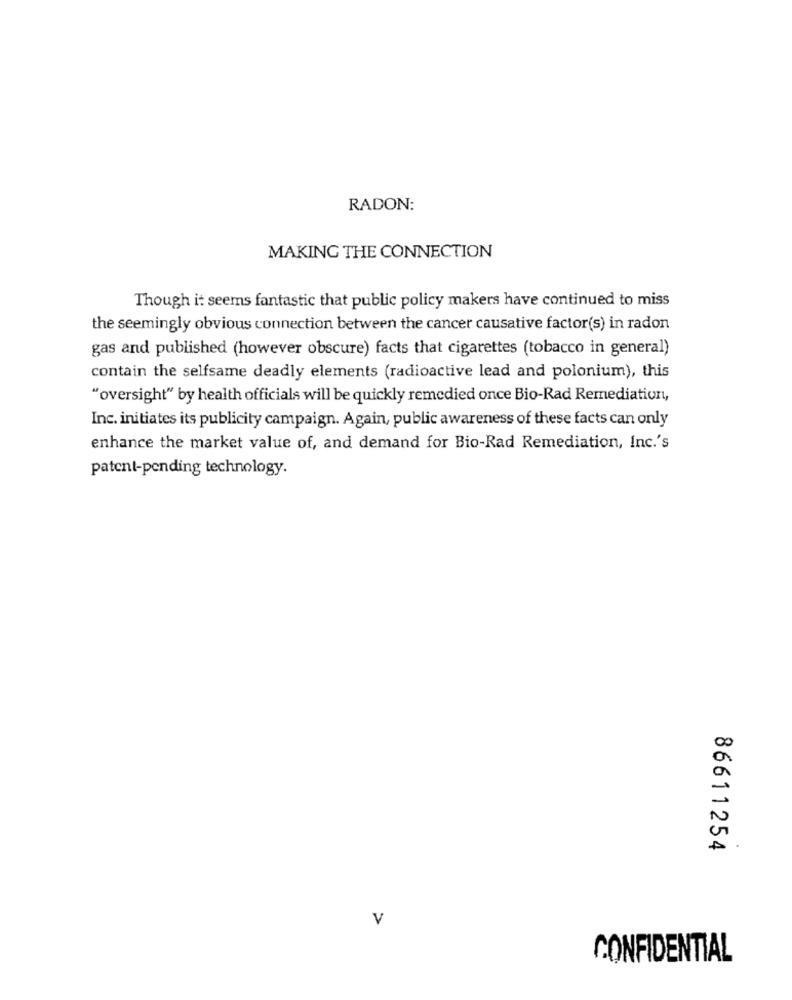
RADON:
MAKING THE CONNECTION
Though it seems fantastic that public policy makers have continued to miss
the seemingly obvious connection between the cancer causative factor(s) in radon
gas and published (however obscure) facts that cigarettes (tobacco in general)
contain the selfsame deadly elements (radioactive lead and polonium), this
"oversight" by health officials will be quickly remedied once Bio-Rad Remediation,
Inc. initiates its publicity campaign. Again, public awareness of these facts can only
enhance the market value of, and demand for Bio-Rad Remediation, Inc.'s
patent-pending technology.
86611254
V
CONFIDENTIAL